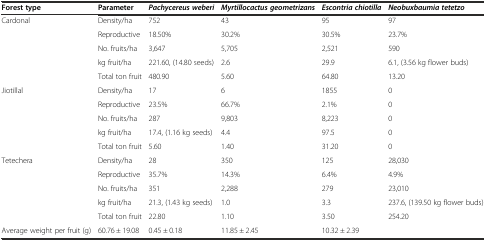
| Forest type | Parameter | Pachycereus weberi | Myrtillocactus geometrizans | Escontria chiotilla | Neobuxbaumia tetetzo |
 | --- | --- | --- | --- | --- | --- |
 | <ROWSPAN=5> Cardonal | Density/ha | 752 | 43 | 95 | 97 |
 | Reproductive | 18.50% | 30.2% | 30.5% | 23.7% |
 | No. fruits/ha | 3,647 | 5,705 | 2,521 | 590 |
 | kg fruit/ha | 221.60, (14.80 seeds) | 2.6 | 29.9 | 6.1, (3.56 kg flower buds) |
 | Total ton fruit | 480.90 | 5.60 | 64.80 | 13.20 |
 | <ROWSPAN=5> Jiotillal | Density/ha | 17 | 6 | 1855 | 0 |
 | Reproductive | 23.5% | 66.7% | 2.1% | 0 |
 | No. fruits/ha | 287 | 9,803 | 8,223 | 0 |
 | kg fruit/ha | 17.4, (1.16 kg seeds) | 4.4 | 97.5 | 0 |
 | Total ton fruit | 5.60 | 1.40 | 31.20 | 0 |
 | <ROWSPAN=5> Tetechera | Density/ha | 28 | 350 | 125 | 28,030 |
 | Reproductive | 35.7% | 14.3% | 6.4% | 4.9% |
 | No. fruits/ha | 351 | 2,288 | 279 | 23,010 |
 | kg fruit/ha | 21.3, (1.43 kg seeds) | 1.0 | 3.3 | 237.6, (139.50 kg flower buds) |
 | Total ton fruit | 22.80 | 1.10 | 3.50 | 254.20 |
 | Average weight per fruit (g) | 60.76 ± 19.08 | 0.45 ± 0.18 | 11.85 ± 2.45 | 10.32 ± 2.39 |  |